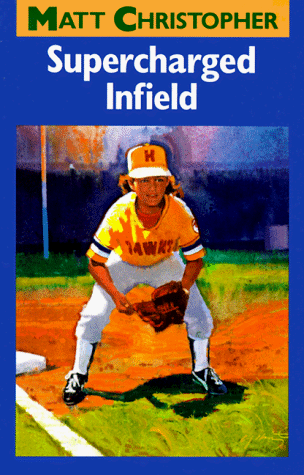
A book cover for Supercharged Infield (Matt Christopher Sports Classics); Matt Christopher; Sports & Outdoors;